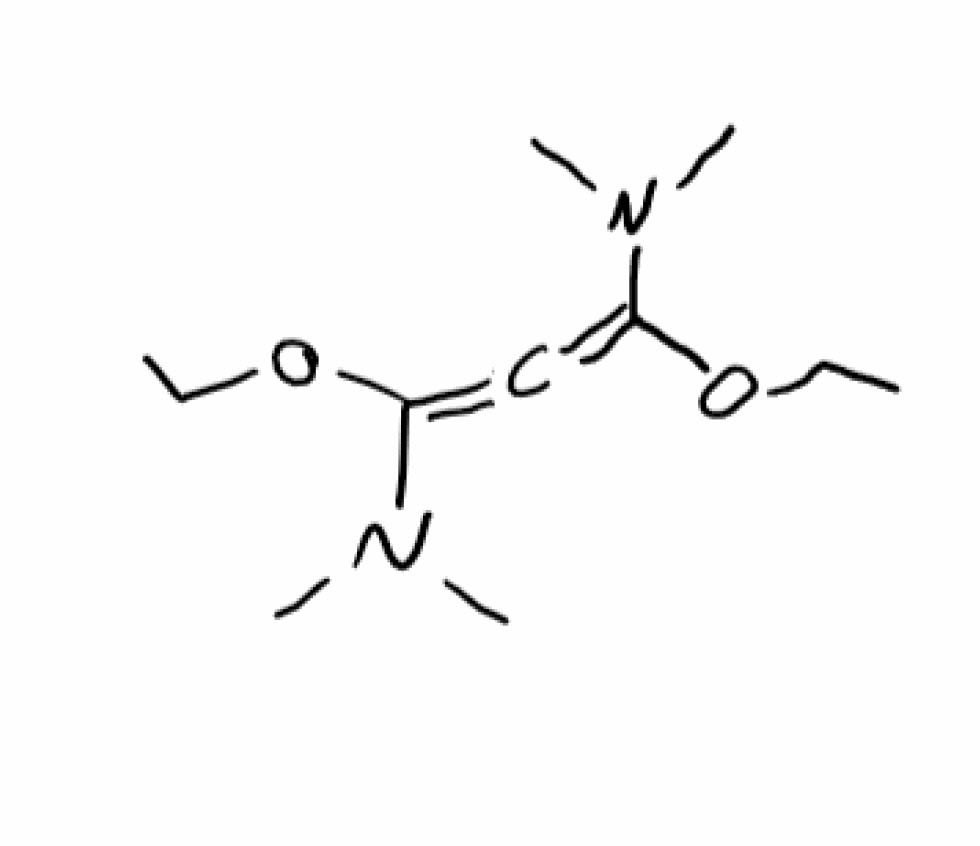
Simplified molecular-input line-entry system (SMILES) notation of the given molecule:
CCOC(=C=C(N(C)C)OCC)N(C)C